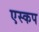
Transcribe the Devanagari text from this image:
एस्कप